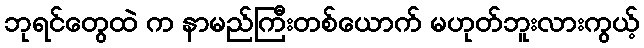
ဘုရင်တွေထဲ က နာမည်ကြီးတစ်ယောက် မဟုတ်ဘူးလားကွယ့်